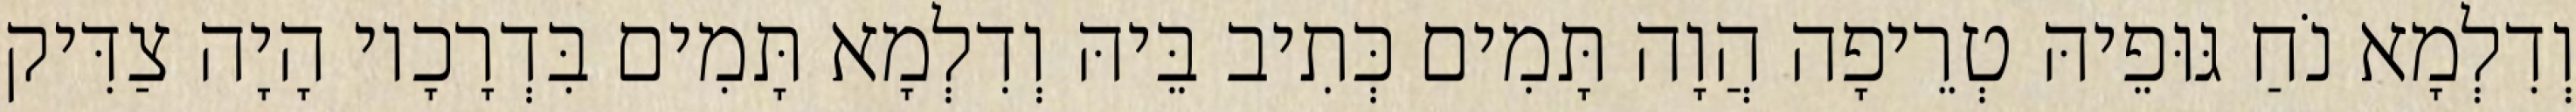
וְדִלְמָא נֹחַ גּוּפֵיהּ טְרֵיפָה הֲוָה תָּמִים כְּתִיב בֵּיהּ וְדִלְמָא תָּמִים בִּדְרָכָיו הָיָה צַדִּיק